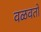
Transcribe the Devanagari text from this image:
वळवतो